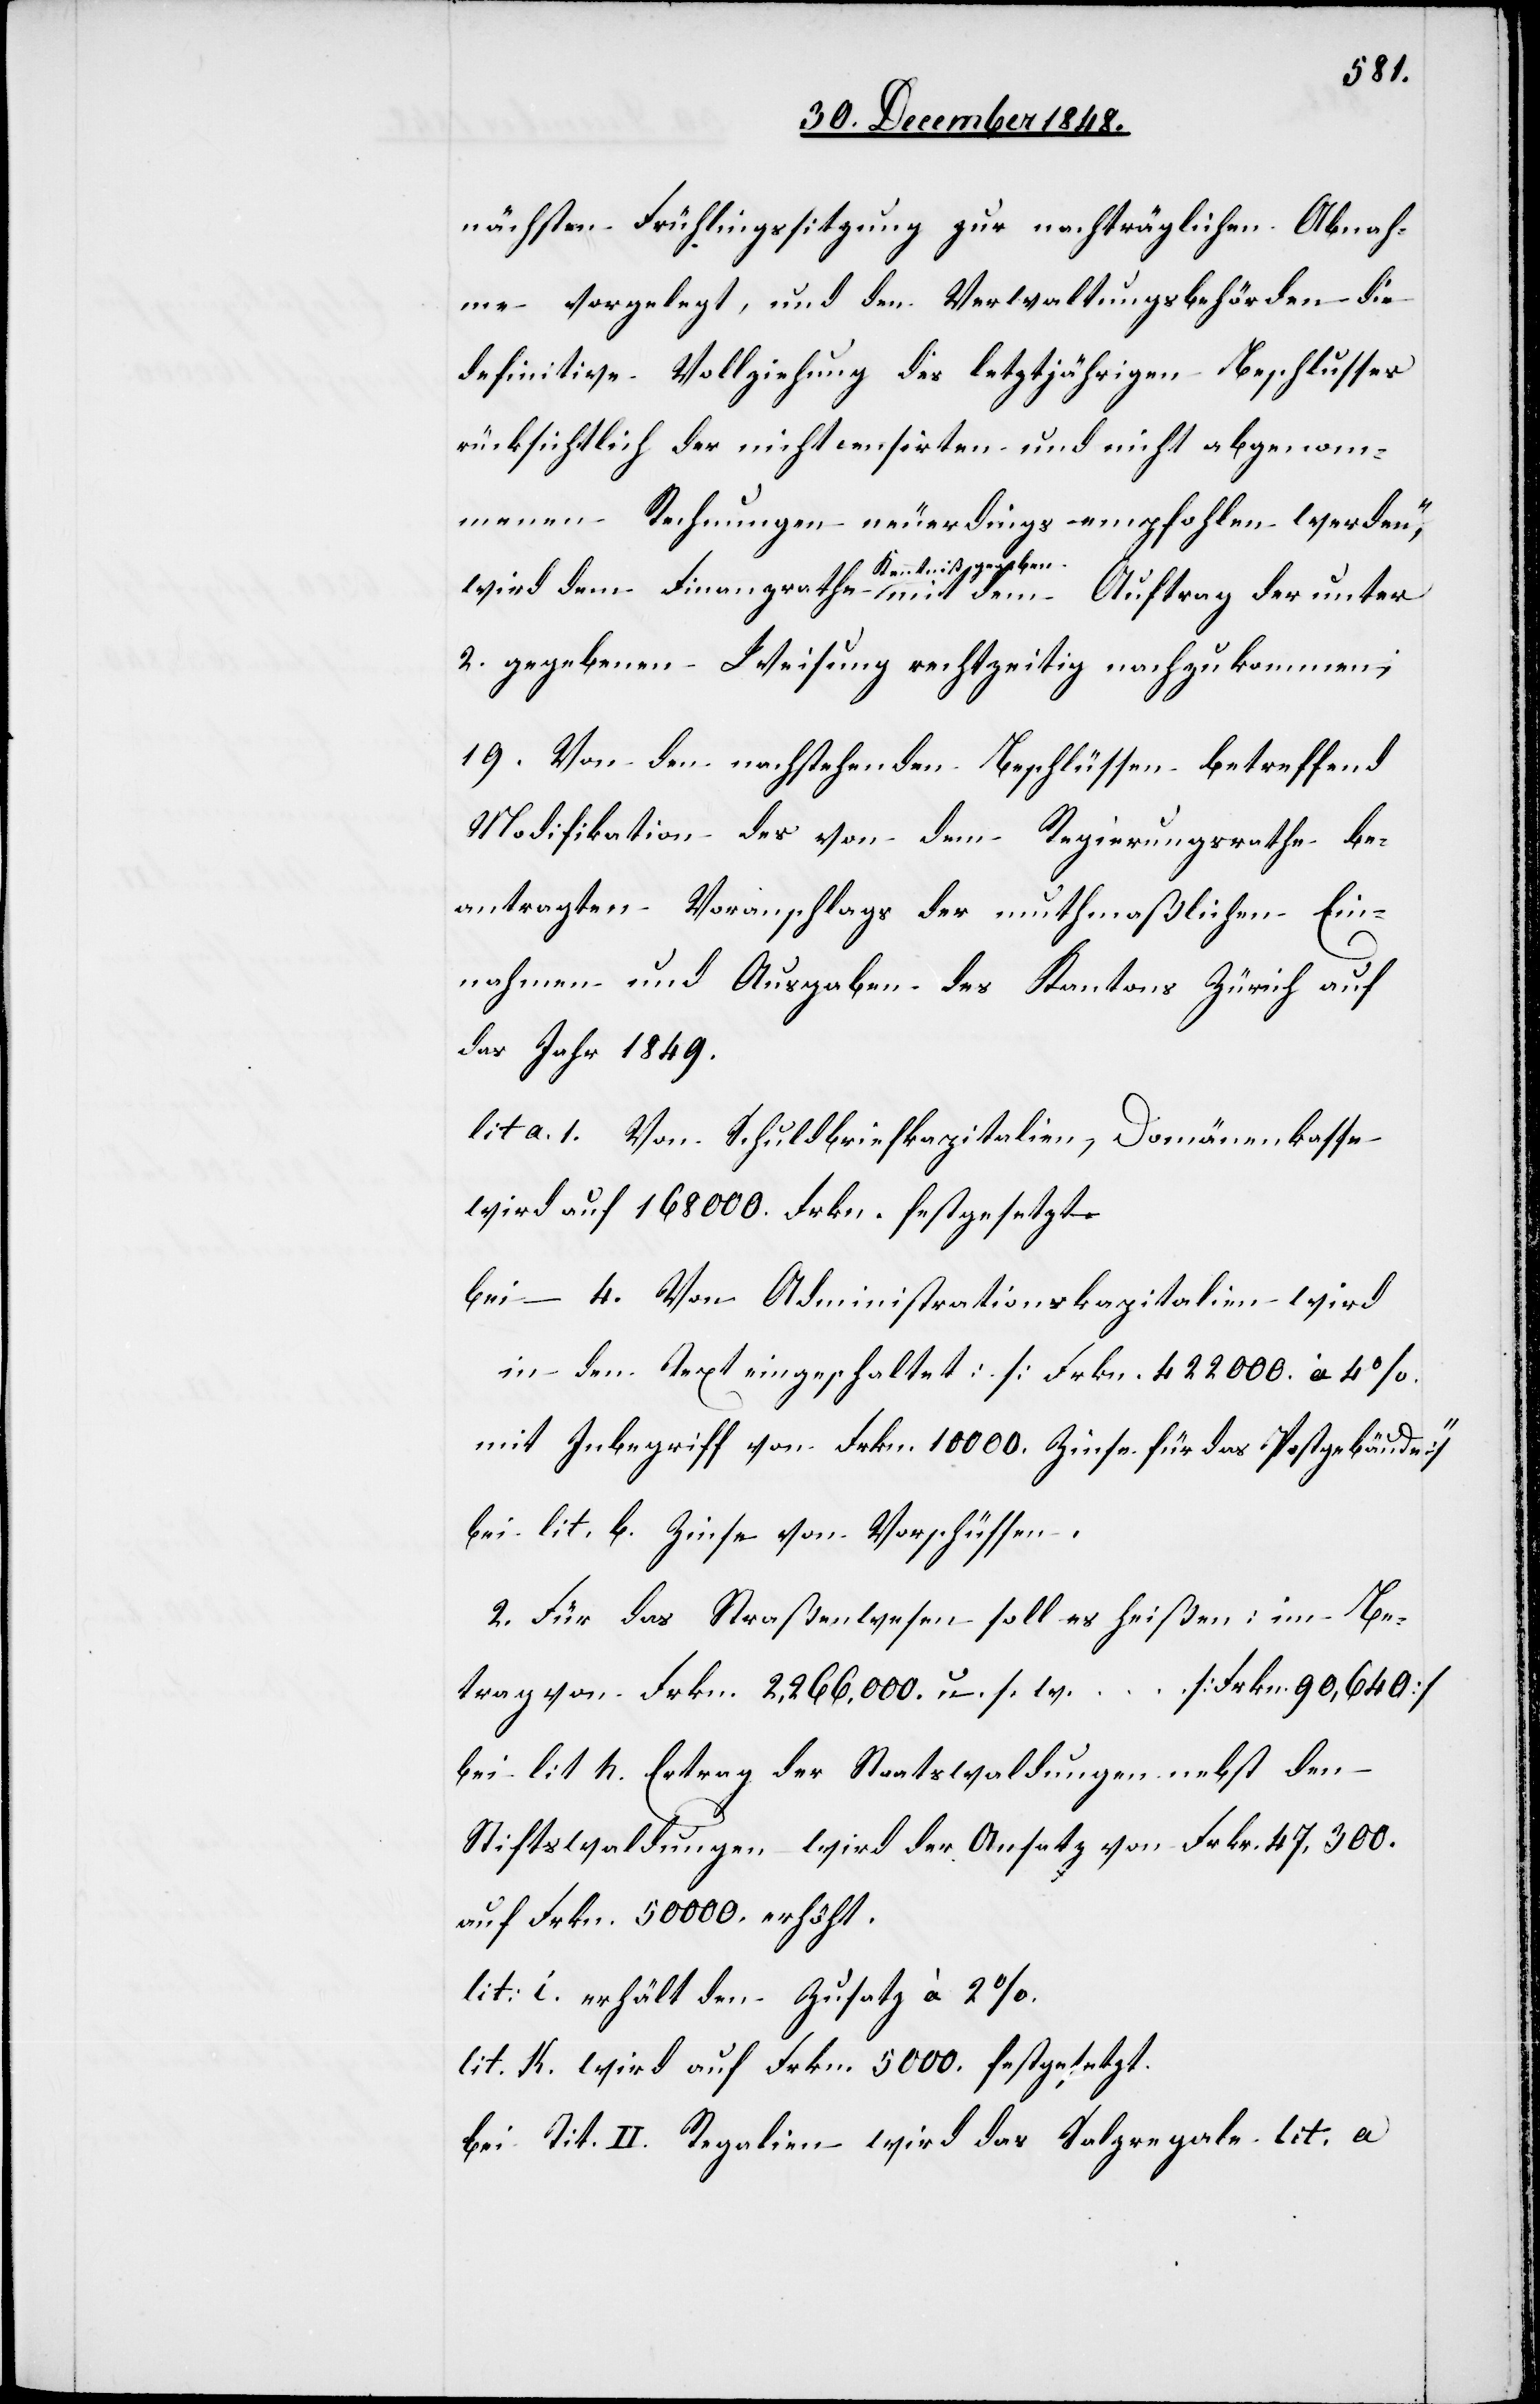
nächsten Frühlingssitzung zur nachträglichen Abnah¬
me vorgelegt, und den Verwaltungsbehörden die
definitive Vollziehung des letztjährigen Beschlusses
rücksichtlich der nicht censirten und nicht abgenom¬
menen Rechnungen neuerdings empfohlen werden“,
wird dem Finanzrathe Kenntniß gegeben mit dem Auftrag der unter
2. gegebenen Weisung rechtzeitig nachzukommen;
19. Von den nachstehenden Beschlüssen betreffend
Modifikation des von dem Regierungsrathe be¬
antragten Voranschlags der muthmaßlichen Ein¬
nahmen und Ausgaben des Kantons Zürich auf
das Jahr 1849.
lit a. 1. Von Schuldbriefkapitalien, Domänenkasse
wird auf 168 000. Frkn. festgesetzt.
bei 4. Von Administrationskapitalien wird
in den Text eingeschaltet: [Frkn. 42 200 à 4%
mit Inbegriff von Frkn. 10 000. Zinse für das Postgebäude]
bei lit. b. Zinse von Vorschüssen.
2. Für das Straßenwesen soll es heißen: im Be¬
trag von Frkn. 2,266.000. u. s. w. … [Frkn. 90,640]
bei lit. h. Ertrag der Staatswaldungen nebst den
Stiftswaldungen wird der Ansatz von Frkr. 47,300.
auf Frkn. 50 000. erhöht.
lit: i. erhält den Zusatz à 2%.
lit. k. wird auf Frkn. 5000 festgesetzt.
bei Tit. II. Regalien wird das Salzregale lit. a